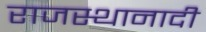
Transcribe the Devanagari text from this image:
राजस्थानादी